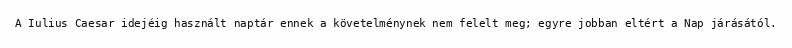
A Iulius Caesar idejéig használt naptár ennek a követelménynek nem felelt meg; egyre jobban eltért a Nap járásától.